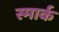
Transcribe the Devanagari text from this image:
स्मार्क